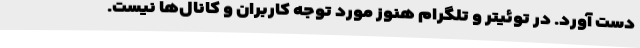
دست آورد. در توئیتر و تلگرام هنوز مورد توجه کاربران و کانال‌ها نیست.